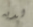
لديه